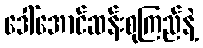
ဒေါ်အောင်ဆန်းစုကြည်နဲ့